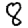
Digit: 8